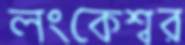
লংকেশ্বর